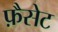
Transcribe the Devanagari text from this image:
फ़ैसेट